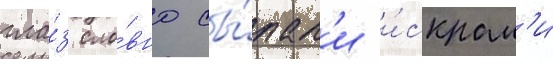
гла́з сло́вно сы́пал'и и́скрам'и